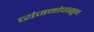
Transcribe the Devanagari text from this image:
व्यंजनांपासून